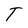
Character: T